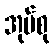
အုပ်စု